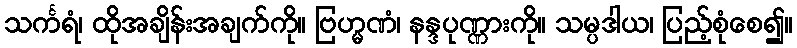
သင်္ကရံ၊ ထိုအချိန်းအချက်ကို။ ဗြဟ္မဏံ၊ နန္ဒပုဏ္ဏားကို။ သမ္ပဒါယ၊ ပြည့်စုံစေ၍။